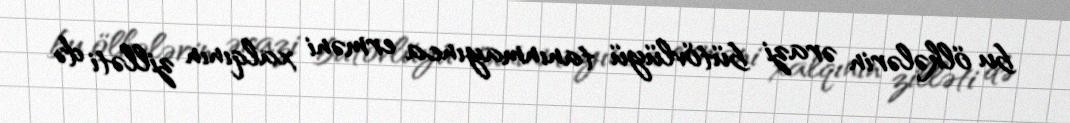
bu ölkələrin ərazi bütövlüyü tanınmayınca erməni xalqının zilləti də